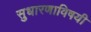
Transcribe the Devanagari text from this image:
सुधारणाविषयी